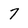
Character: 7